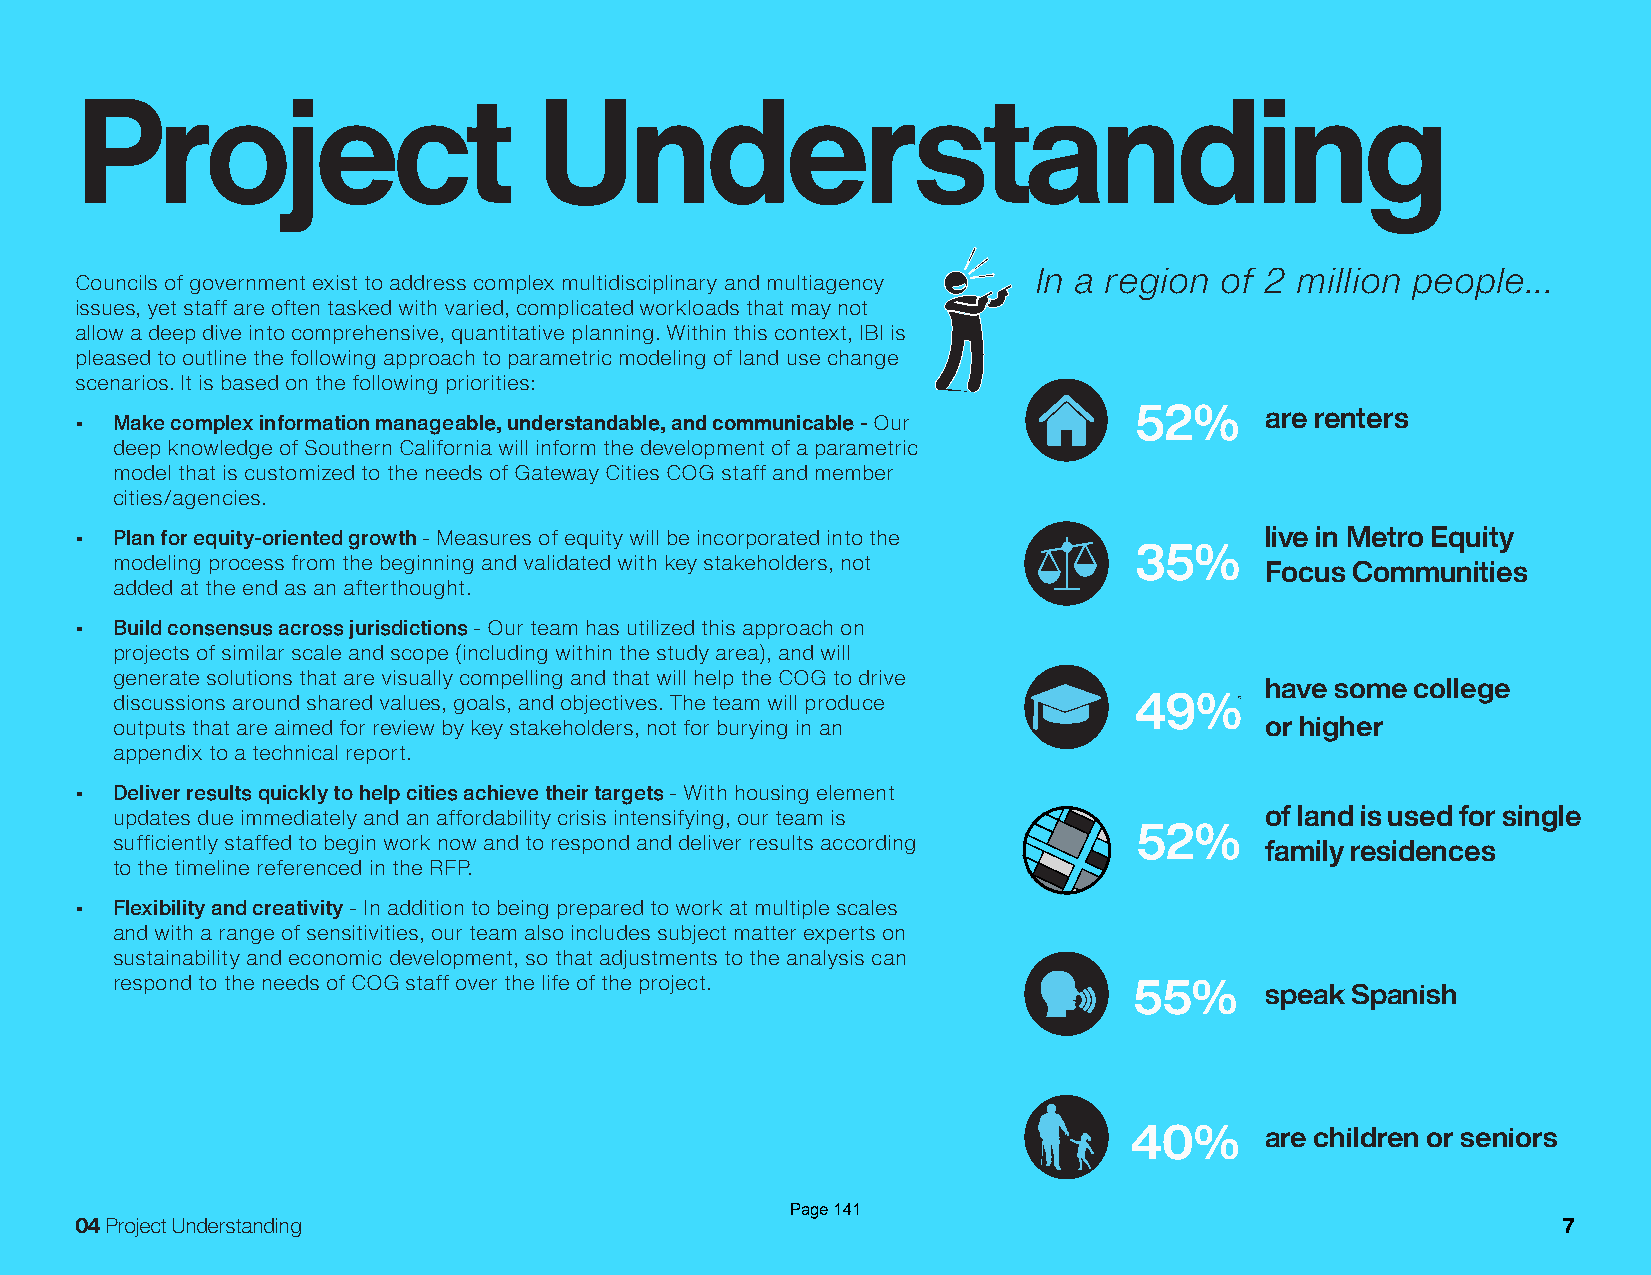
Project                       Understanding
 In a region  of 2 million people...
 Councils of government exist to address complex multidisciplinary and multiagency
 issues, yet staff are often tasked with varied, complicated workloads that may not
 allow a deep dive into comprehensive, quantitative planning. Within this context, IBI is
 pleased to outline the following approach to parametric modeling of land use change
 scenarios. It is based on the following priorities:
 52%      are renters
 • Make complex information manageable, understandable, and communicable - Our
 deep knowledge of Southern California will inform the development of a parametric
 model that is customized to the needs of Gateway Cities COG staff and member
 cities/agencies.
 • Plan for equity-oriented growth - Measures of equity will be incorporated into the live in Metro Equity
 35%
 modeling process from the beginning and validated with key stakeholders, not
 Focus Communities
 added at the end as an afterthought.
 • Build consensus across jurisdictions - Our team has utilized this approach on
 projects of similar scale and scope (including within the study area), and will
 generate solutions that are visually compelling and that will help the COG to drive
 have some college
 discussions around shared values, goals, and objectives. The team will produce 49%
 outputs that are aimed for review by key stakeholders, not for burying in an or higher
 appendix to a technical report.
 • Deliver results quickly to help cities achieve their targets - With housing element
 updates due immediately and an affordability crisis intensifying, our team is of land is used for single
 52%
 sufficiently staffed to begin work now and to respond and deliver results according family residences
 to the timeline referenced in the RFP.
 • Flexibility and creativity - In addition to being prepared to work at multiple scales
 and with a range of sensitivities, our team also includes subject matter experts on
 sustainability and economic development, so that adjustments to the analysis can
 respond to the needs of COG staff over the life of the project.
 55%      speak Spanish
 40%      are children or seniors
 Page 141
 04 Project Understanding                                                                          7